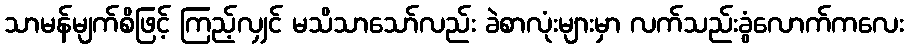
သာမန်မျက်စိဖြင့် ကြည့်လျှင် မသိသာသော်လည်း ခဲစာလုံးများမှာ လက်သည်းခွံလောက်ကလေး